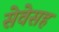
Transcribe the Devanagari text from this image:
सेवेसह